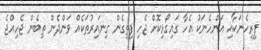
ފިރިހެނަކާއި އަންހެނަކު އެހާ ގައިގޯޅިކޮށް ޖެހި ފިތިގެން ގިނައިރުތަކެއް ވަންދެން ތިބެން ޖެހިއްޖެ